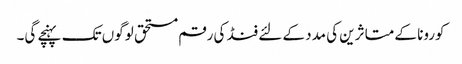
کورونا کے متاثرین کی مدد کے لئے فنڈ کی رقم مستحق لوگوں تک پہنچے گی۔